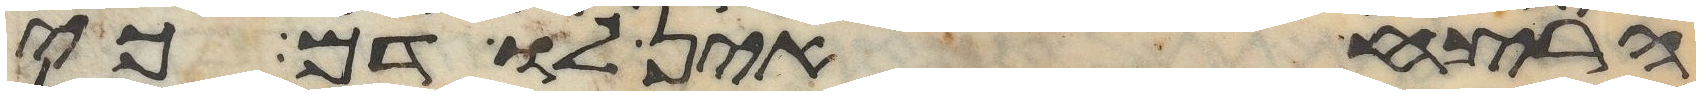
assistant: הרצח אין לו דם כי